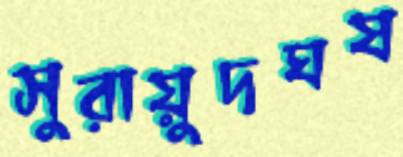
সুরায়ুদঘষ